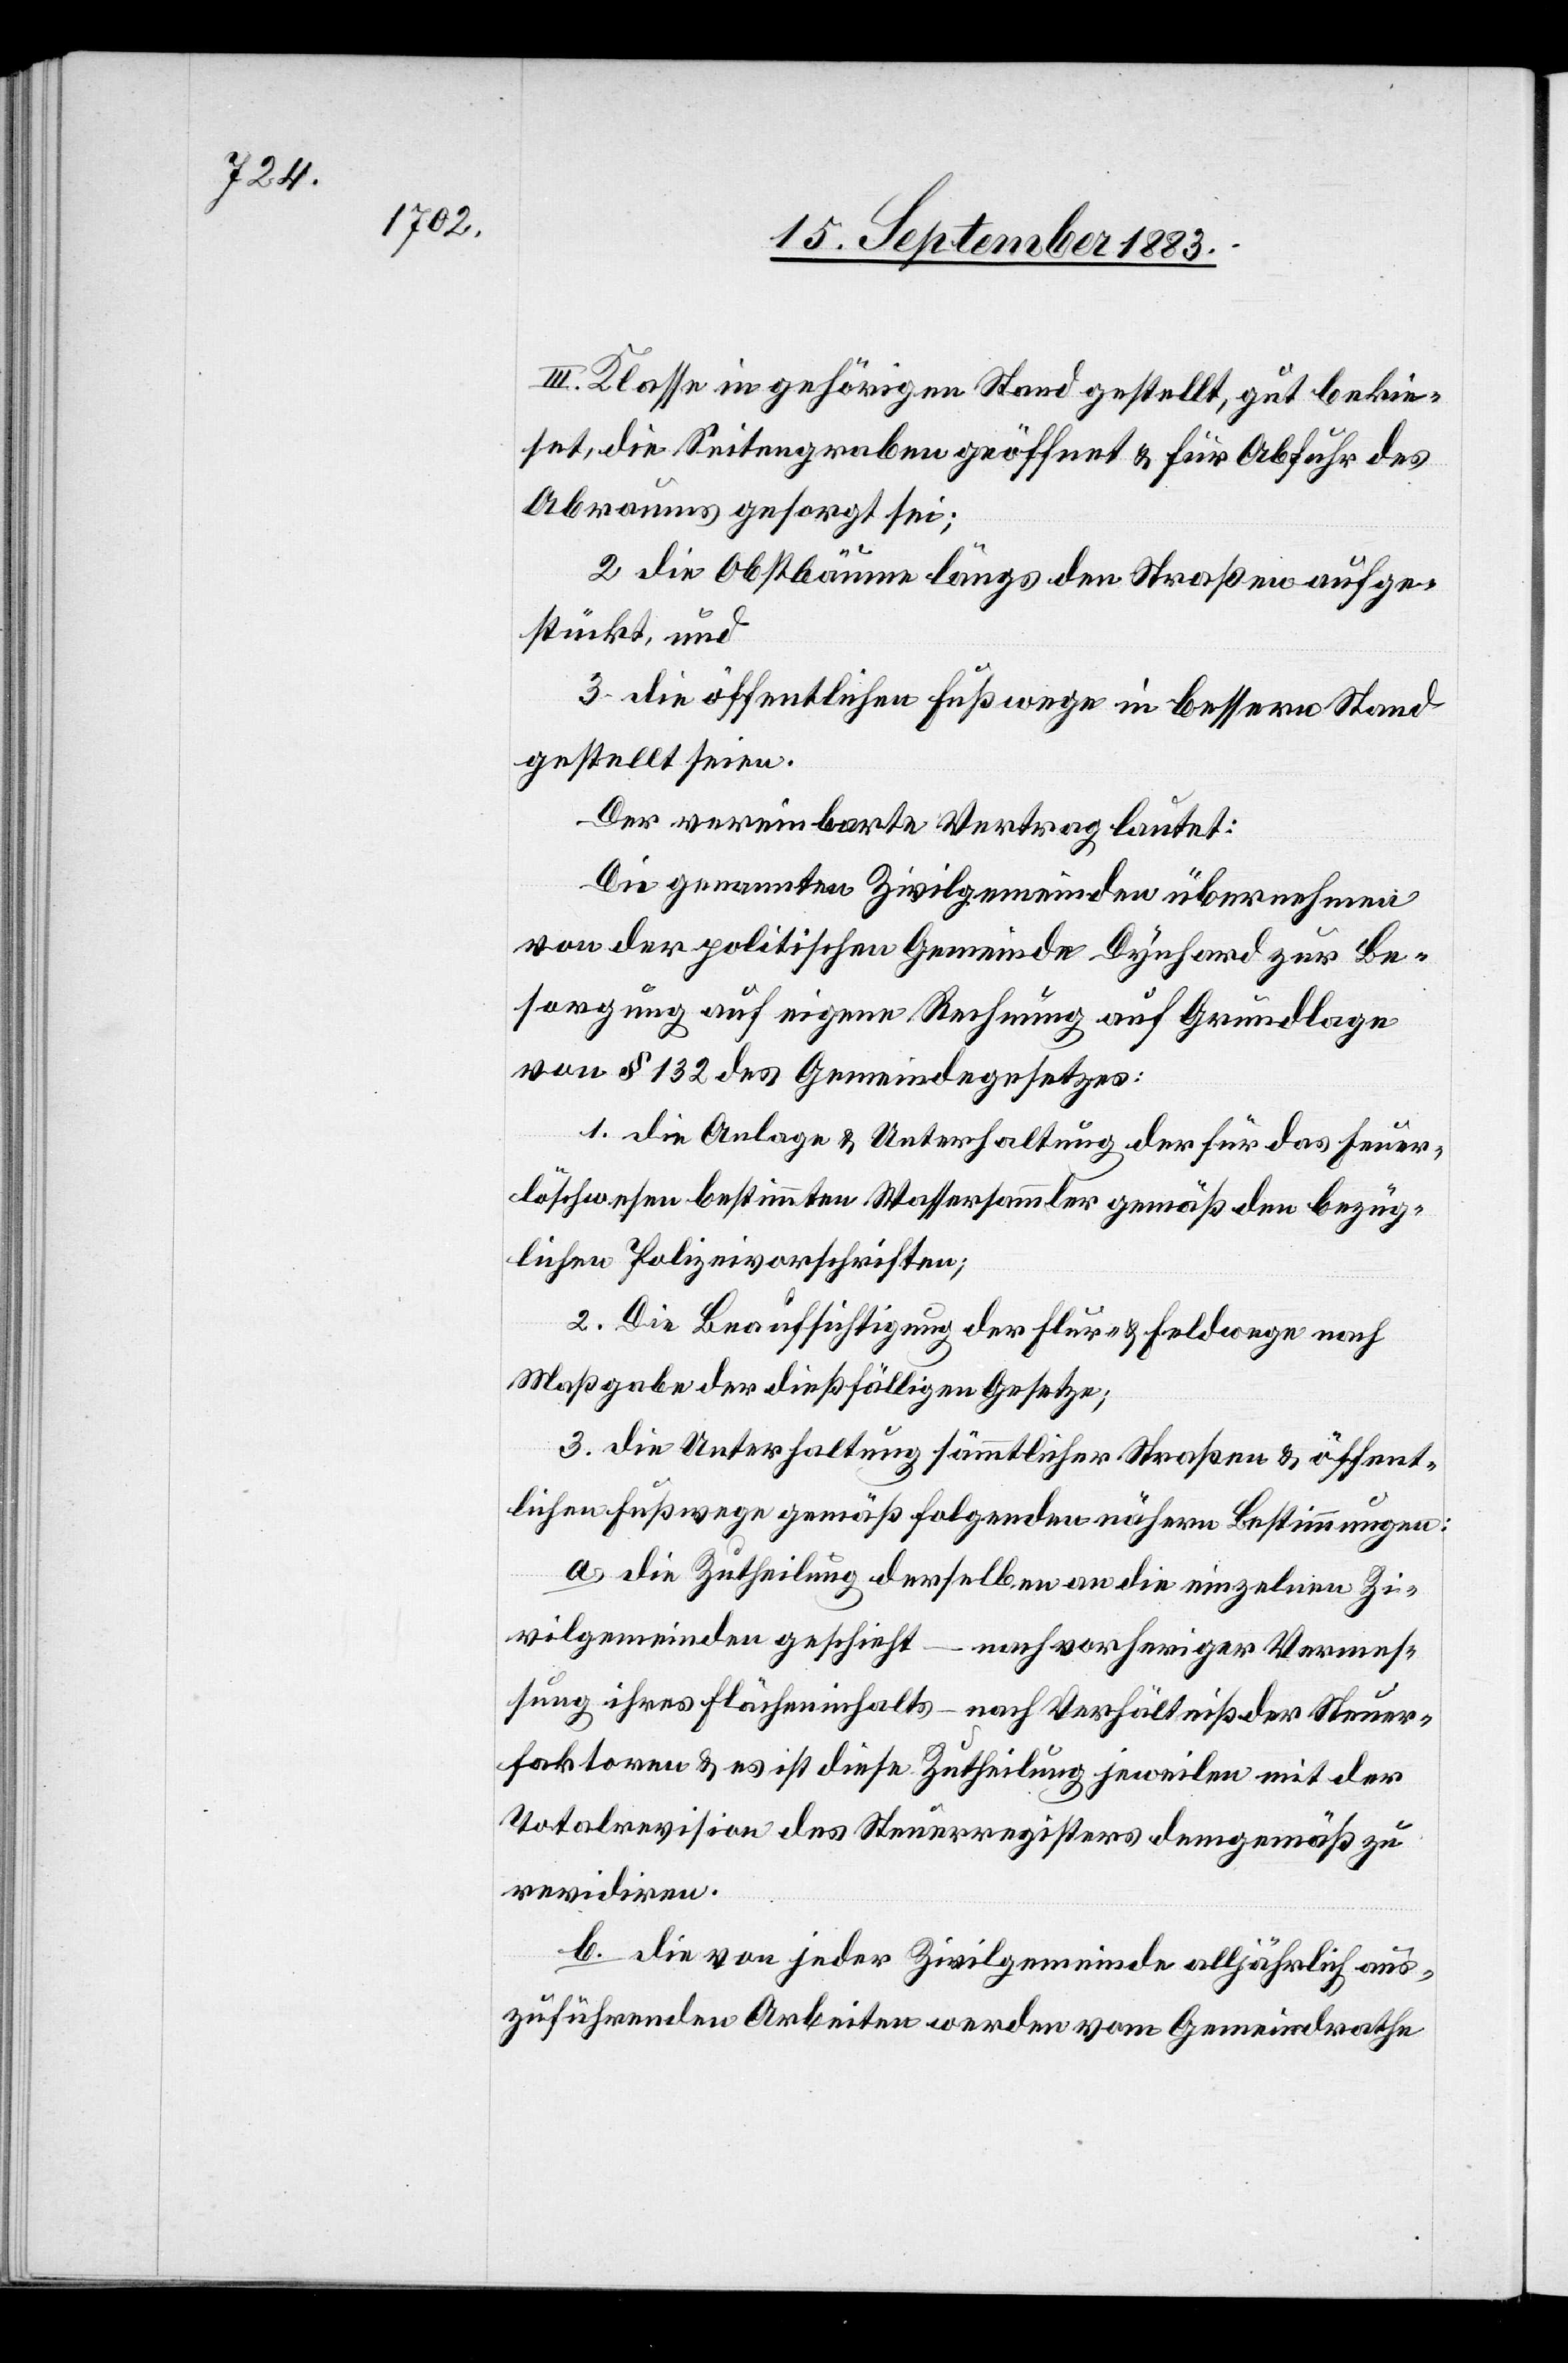
III. Klasse in gehörigen Stand gestellt, gut bekie¬
set, die Seitengraben geöffnet & für Abfuhr des
Abraumes gesorgt sei;
2. die Obstbäume längs den Straßen aufge¬
stückt, und
3. die öffentlichen Fußwege in bessern Stand
gestellt seien.
Der vereinbarte Vertrag lautet:
Die genannten Zivilgemeinden übernehmen
von der politischen Gemeinde Dynhard zu Be¬
sorgung auf eigene Rechnung auf Grundlage
von § 132 des Gemeindegesetzes:
1. die Anlage & Unterhaltung der für das Feuer¬
löschwesen bestimmten Wassersammler gemäß den bezüg¬
lichen Polizeivorschriften;
2. Die Beaufsichtigung der Flur- & Feldwege nach
Maßgabe der dießfälligen Gesetze;
3. die Unterhaltung sämmtlicher Straßen & öffent¬
lichen Fußwege gemäß folgenden nähern Bestimmungen:
a. die Zutheilung derselben an die einzelnen Zi¬
vilgemeinden geschieht – nach vorheriger Vermes¬
sung ihres Flächeninhalts – nach Verhältniß der Steuer¬
faktoren & es ist diese Zutheilung jeweilen mit der
Totalrevision des Steuerregisters demgemäß zu
revidiren.
b. die von jeder Zivilgemeinde alljährlich aus¬
zuführenden Arbeiten werden vom Gemeindrathe